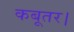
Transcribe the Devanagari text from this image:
कबूतर।